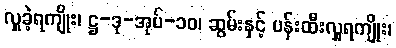
လှူခဲ့ရကျိုး၊ ဋ္ဌ-ဒု-အုပ်-၁၀၊ ဆွမ်းနှင့် ပန်းထီးလှူရကျိုး၊